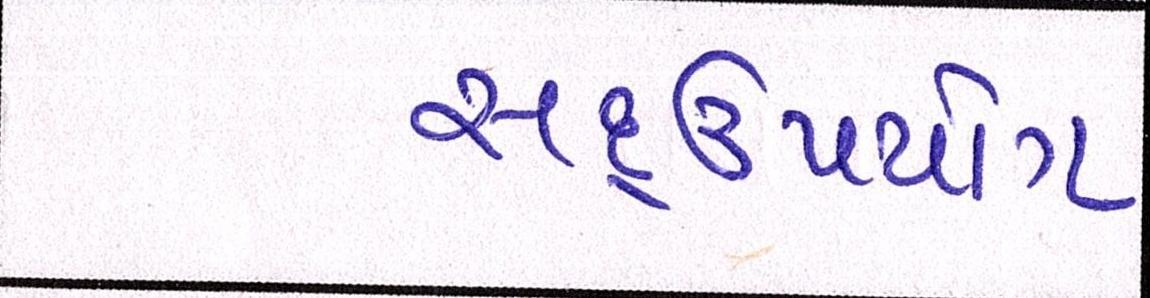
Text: સદ્ઉપયોગ